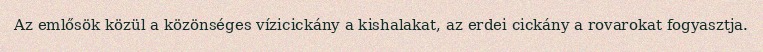
Az emlősök közül a közönséges vízicickány a kishalakat, az erdei cickány a rovarokat fogyasztja.